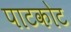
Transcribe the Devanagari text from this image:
पाटकोट